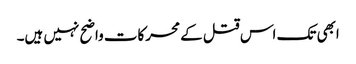
ابھی تک اس قتل کے محرکات واضح نہیں ہیں۔